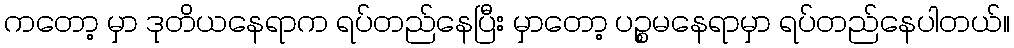
ကတော့ မှာ ဒုတိယနေရာက ရပ်တည်နေပြီး မှာတော့ ပဉ္စမနေရာမှာ ရပ်တည်နေပါတယ်။